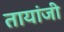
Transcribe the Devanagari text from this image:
तायांजी